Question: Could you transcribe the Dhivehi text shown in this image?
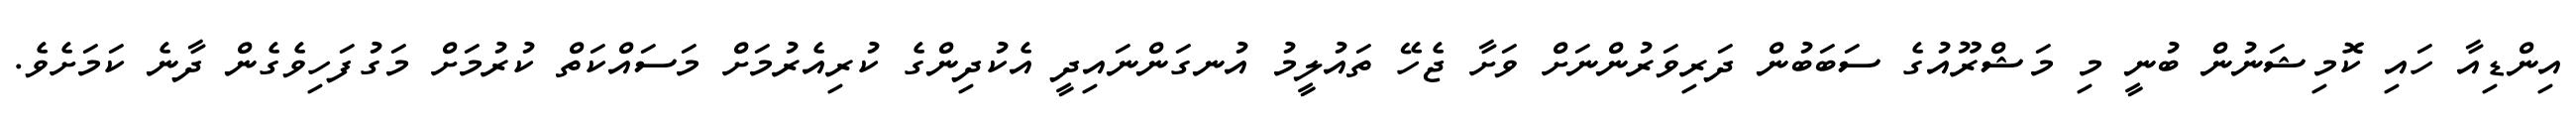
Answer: އިންޑިއާ ހައި ކޮމިޝަނުން ބުނީ މި މަޝްރޫއުގެ ސަބަބުން ދަރިވަރުންނަށް ވަށާ ޖެހޭ ތައުލީމު އުނގަންނައިދީ އެކުދިންގެ ކުރިއެރުމަށް މަސައްކަތް ކުރުމަށް މަގުފަހިވެގެން ދާނެ ކަމަށެވެ.